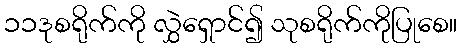
၁၁ဒုစရိုက်ကို လွှဲရှောင်၍ သုစရိုက်ကိုပြုစေ။